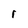
Character: r